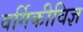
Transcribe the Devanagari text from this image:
वर्गिकीविज्ञ